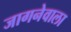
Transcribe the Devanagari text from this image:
जागनेवाला